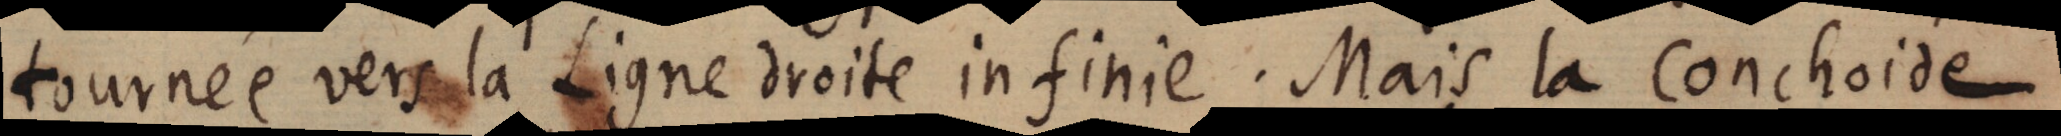
tournée vers la Ligne droite infinie. Mais la Conchoide